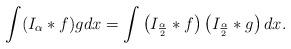
LaTeX: \begin{align*} \int(I_\alpha\ast f)gdx=\int\left(I_{\frac{\alpha}{2}}\ast f\right)\left(I_{\frac{\alpha}{2}}\ast g\right)dx. \end{align*}